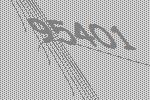
95401